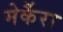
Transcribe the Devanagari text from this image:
मेर्कैरा